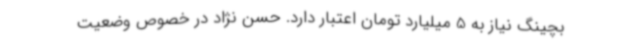
بچینگ نیاز به 5 میلیارد تومان اعتبار دارد. حسن نژاد در خصوص وضعیت